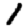
Digit: 1